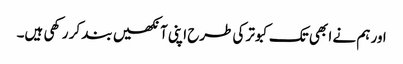
اور ہم نے ا بھی تک کبوتر کی طرح اپنی آنکھیں بند کر رکھی ہیں۔